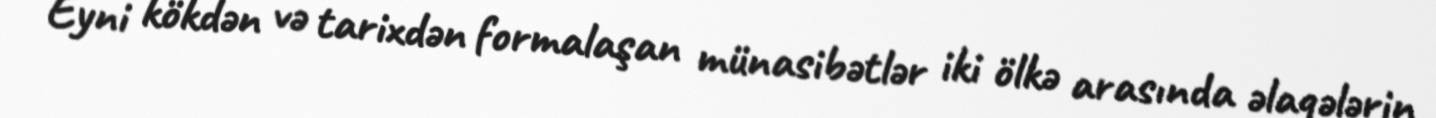
Eyni kökdən və tarixdən formalaşan münasibətlər iki ölkə arasında əlaqələrin